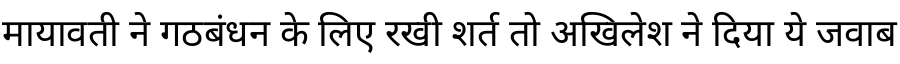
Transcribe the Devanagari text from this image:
मायावती ने गठबंधन के लिए रखी शर्त तो अखिलेश ने दिया ये जवाब